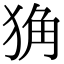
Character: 𤞴